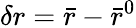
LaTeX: \delta r=\bar{r}-\bar{r}^{0}